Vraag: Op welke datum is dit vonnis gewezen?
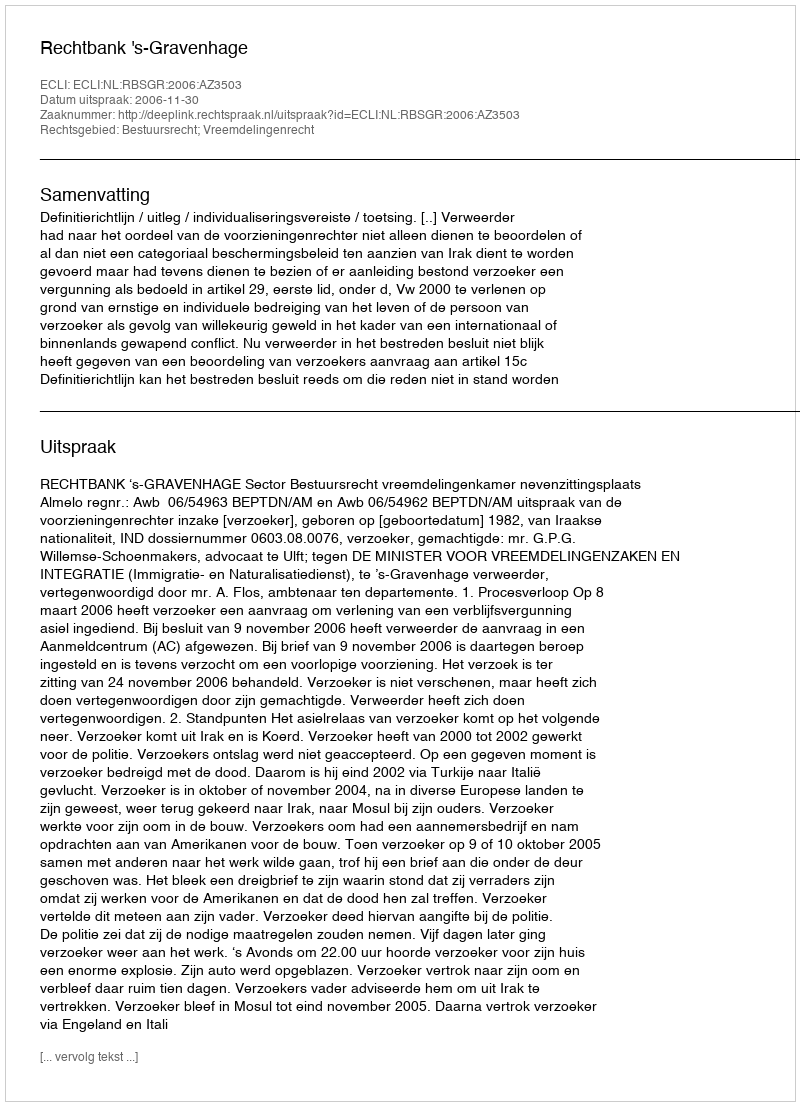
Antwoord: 2006-11-30